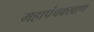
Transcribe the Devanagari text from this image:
महापंचक्खाण